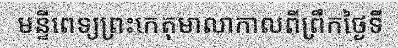
មន្ទីពេទ្យព្រះកេតុមាលាកាលពីព្រឹកថ្ងៃទី